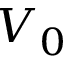
V _ { 0 }